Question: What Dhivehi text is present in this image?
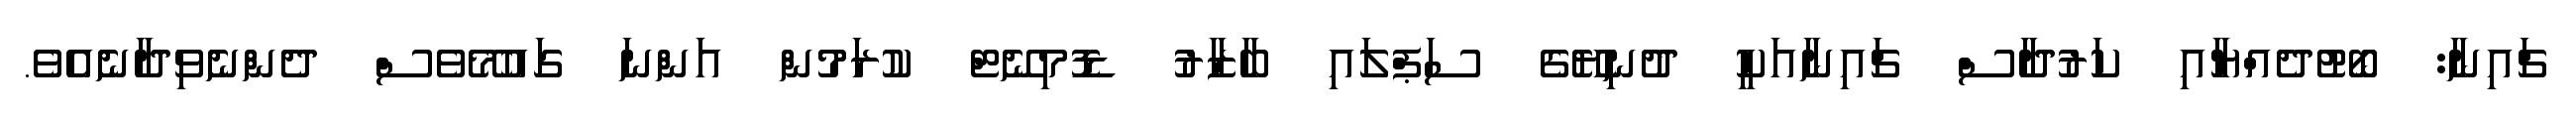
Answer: ޗައިނާ: ބޯޓުދެއްޔާއި ކަރުދާސް ޗައިނާއަކީ ދުނިޔޭގެ ސަޕްލައި ބާޒާރު ޑޮމިނޭޓް ކުރަމުން އަންނަ ގައުމޭވެސް ދެންނެވިދާނެއެވެ.